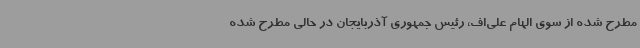
مطرح شده از سوی الهام علی‌اف، رئیس جمهوری آذربایجان در حالی مطرح شده